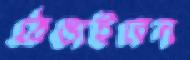
ঠেঙাইবেন